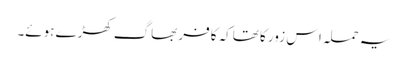
یہ حملہ اس زور کا تھاکہ کافر بھاگ کھڑے ہوئے۔